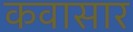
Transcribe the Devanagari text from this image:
कवासार